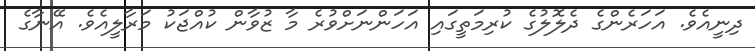
ދިނީއެވެ. އަހަރެންގެ ދެލޮލުގެ ކުރިމަތީގައި އަހަންނަށްވުރެ މާ ޒުވާން ކުއްޖަކު މަރާލީއެވެ. އޭނާގެ